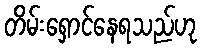
တိမ်းရှောင်နေရသည်ဟု